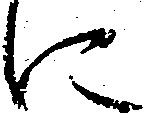
に